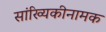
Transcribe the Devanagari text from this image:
सांख्यिकीनामक